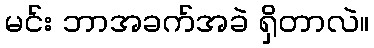
မင်း ဘာအခက်အခဲ ရှိတာလဲ။